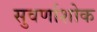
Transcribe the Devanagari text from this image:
सुवर्णाशोक